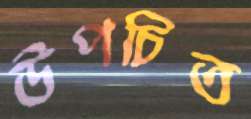
উপচিত